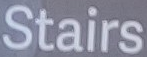
Stairs